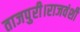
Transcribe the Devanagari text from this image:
ताजपुरी।राजवंशी